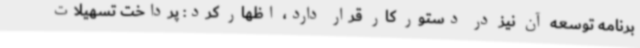
برنامه توسعه آن نیز در دستور کار قرار دارد، اظهار کرد: پرداخت تسهیلات